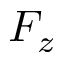
F _ { z }